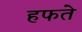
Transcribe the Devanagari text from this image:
हफते